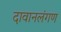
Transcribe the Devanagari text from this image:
दावानलंगण